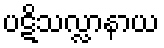
ပဋိသလ္လာနာယ